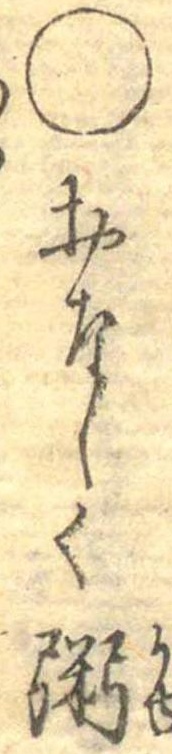
○おなしく粥